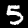
Label: 5